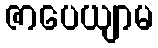
ဇာပေယျာမ